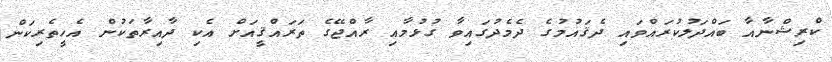
ކްރިޝްނާއާ ބައްދަލުކުރައްވައި ދެޤައުމުގެ ދެމެދުގައިވާ ގުޅުމާއި ރާއްޖޭގެ ތަރައްޤީއަށް އެކި ދާއިރާތަކުން އެހީތެރިކަން